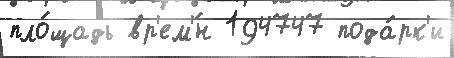
пло́щадь вр'ем'́н 194747 пода́рк'и